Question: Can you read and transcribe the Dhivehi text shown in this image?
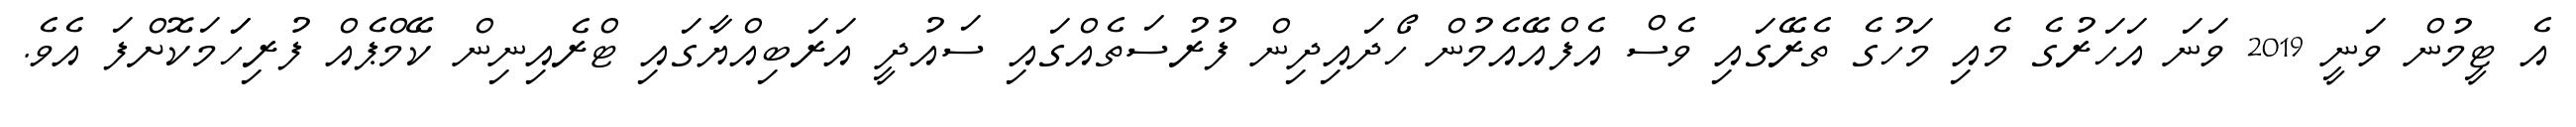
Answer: އެ ޓީމުން ވަނީ 2019 ވަނަ އަހަރުގެ މެއި މަހުގެ ތެރޭގައި ވެސް އެފްއޭއެމުން ހޯދައިދިން ފުރުސަތެއްގައި ސައުދީ އަރަބިއްޔާގައި ޓްރެއިނިން ކޭމްޕެއް ފުރިހަަމަކޮށްފަ އެވެ.